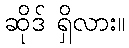
ဆိုဒ် ရှိလား။